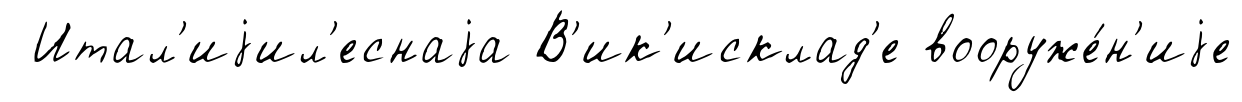
Итал'иjил'еснаjа В'ик'исклад'е вооруже́н'иjе